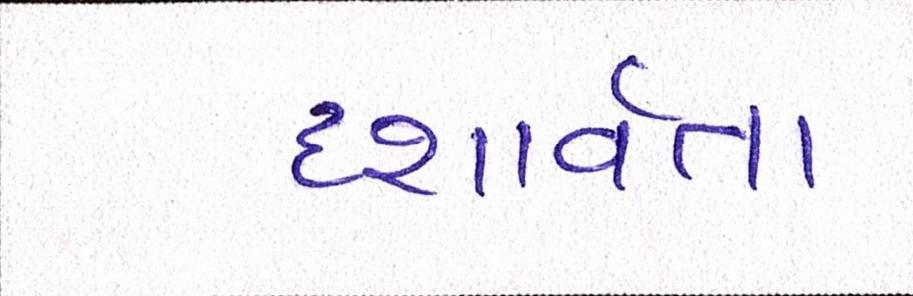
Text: દશાર્વતા